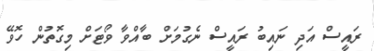
ރައީސް އަދި ނައިބު ރައީސް ނެގުމަށް ބާއްވާ ވޯޓަށް މިގޮތުން ހޮވޭ